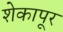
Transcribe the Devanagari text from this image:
शेकापूर